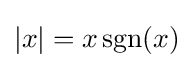
|x|=x\operatorname {sgn} (x)